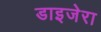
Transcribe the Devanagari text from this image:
डाइजेरा